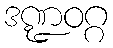
ဒဏ္ဍဝဂ္ဂ